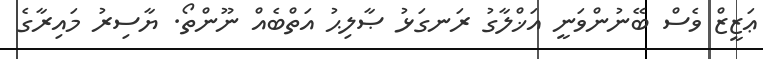
ޢަޒީޒް ވެސް ބޭނުންވަނީ އަޚްލާގު ރަނގަޅު ޞާލިޙު އަތްބެއް ނޫންތޯ. ޔާސިރު މައިރާގެ